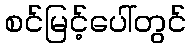
စင်မြင့်ပေါ်တွင်